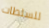
للسلطات